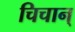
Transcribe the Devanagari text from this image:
चिचान्